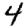
Digit: 4